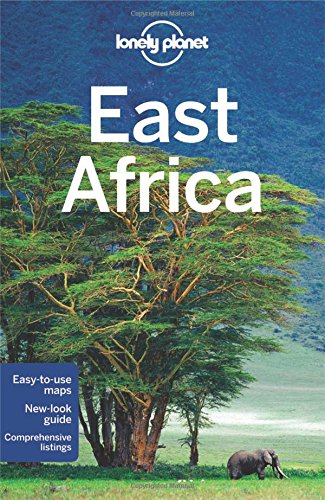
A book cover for Lonely Planet East Africa (Travel Guide); Lonely Planet; Travel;